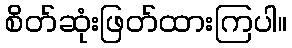
စိတ်ဆုံးဖြတ်ထားကြပါ။